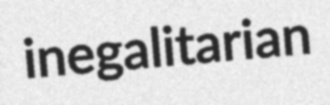
inegalitarian